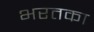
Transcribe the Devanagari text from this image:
भरतका